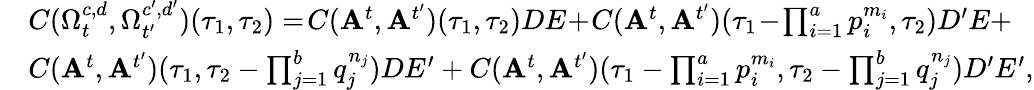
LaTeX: \begin{array}{rl}&{C(\Omega_{t}^{c,d},\Omega_{t^{\prime}}^{c^{\prime},d^{\prime}})(\tau_{1},\tau_{2})=\! C(\mathbf{A}^{t},\mathbf{A}^{t^{\prime}})(\tau_{1},\tau_{2})DE\! +\! C(\mathbf{A}^{t},\mathbf{A}^{t^{\prime}})(\tau_{1}\! -\! \prod_{i=1}^{a}p_{i}^{m_{i}},\tau_{2})D^{\prime}E+}\\ &{C(\mathbf{A}^{t},\mathbf{A}^{t^{\prime}})(\tau_{1},\tau_{2}-\prod_{j=1}^{b}q_{j}^{n_{j}})DE^{\prime}+C(\mathbf{A}^{t},\mathbf{A}^{t^{\prime}})(\tau_{1}-\prod_{i=1}^{a}p_{i}^{m_{i}},\tau_{2}-\prod_{j=1}^{b}q_{j}^{n_{j}})D^{\prime}E^{\prime},}\end{array}